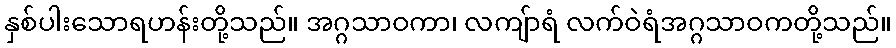
နှစ်ပါးသောရဟန်းတို့သည်။ အဂ္ဂသာဝကာ၊ လကျ်ာရံ လက်ဝဲရံအဂ္ဂသာဝကတို့သည်။